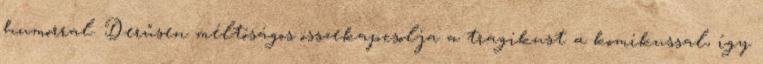
humorral. Derűsen méltóságos összekapcsolja a tragikust a komikussal, így